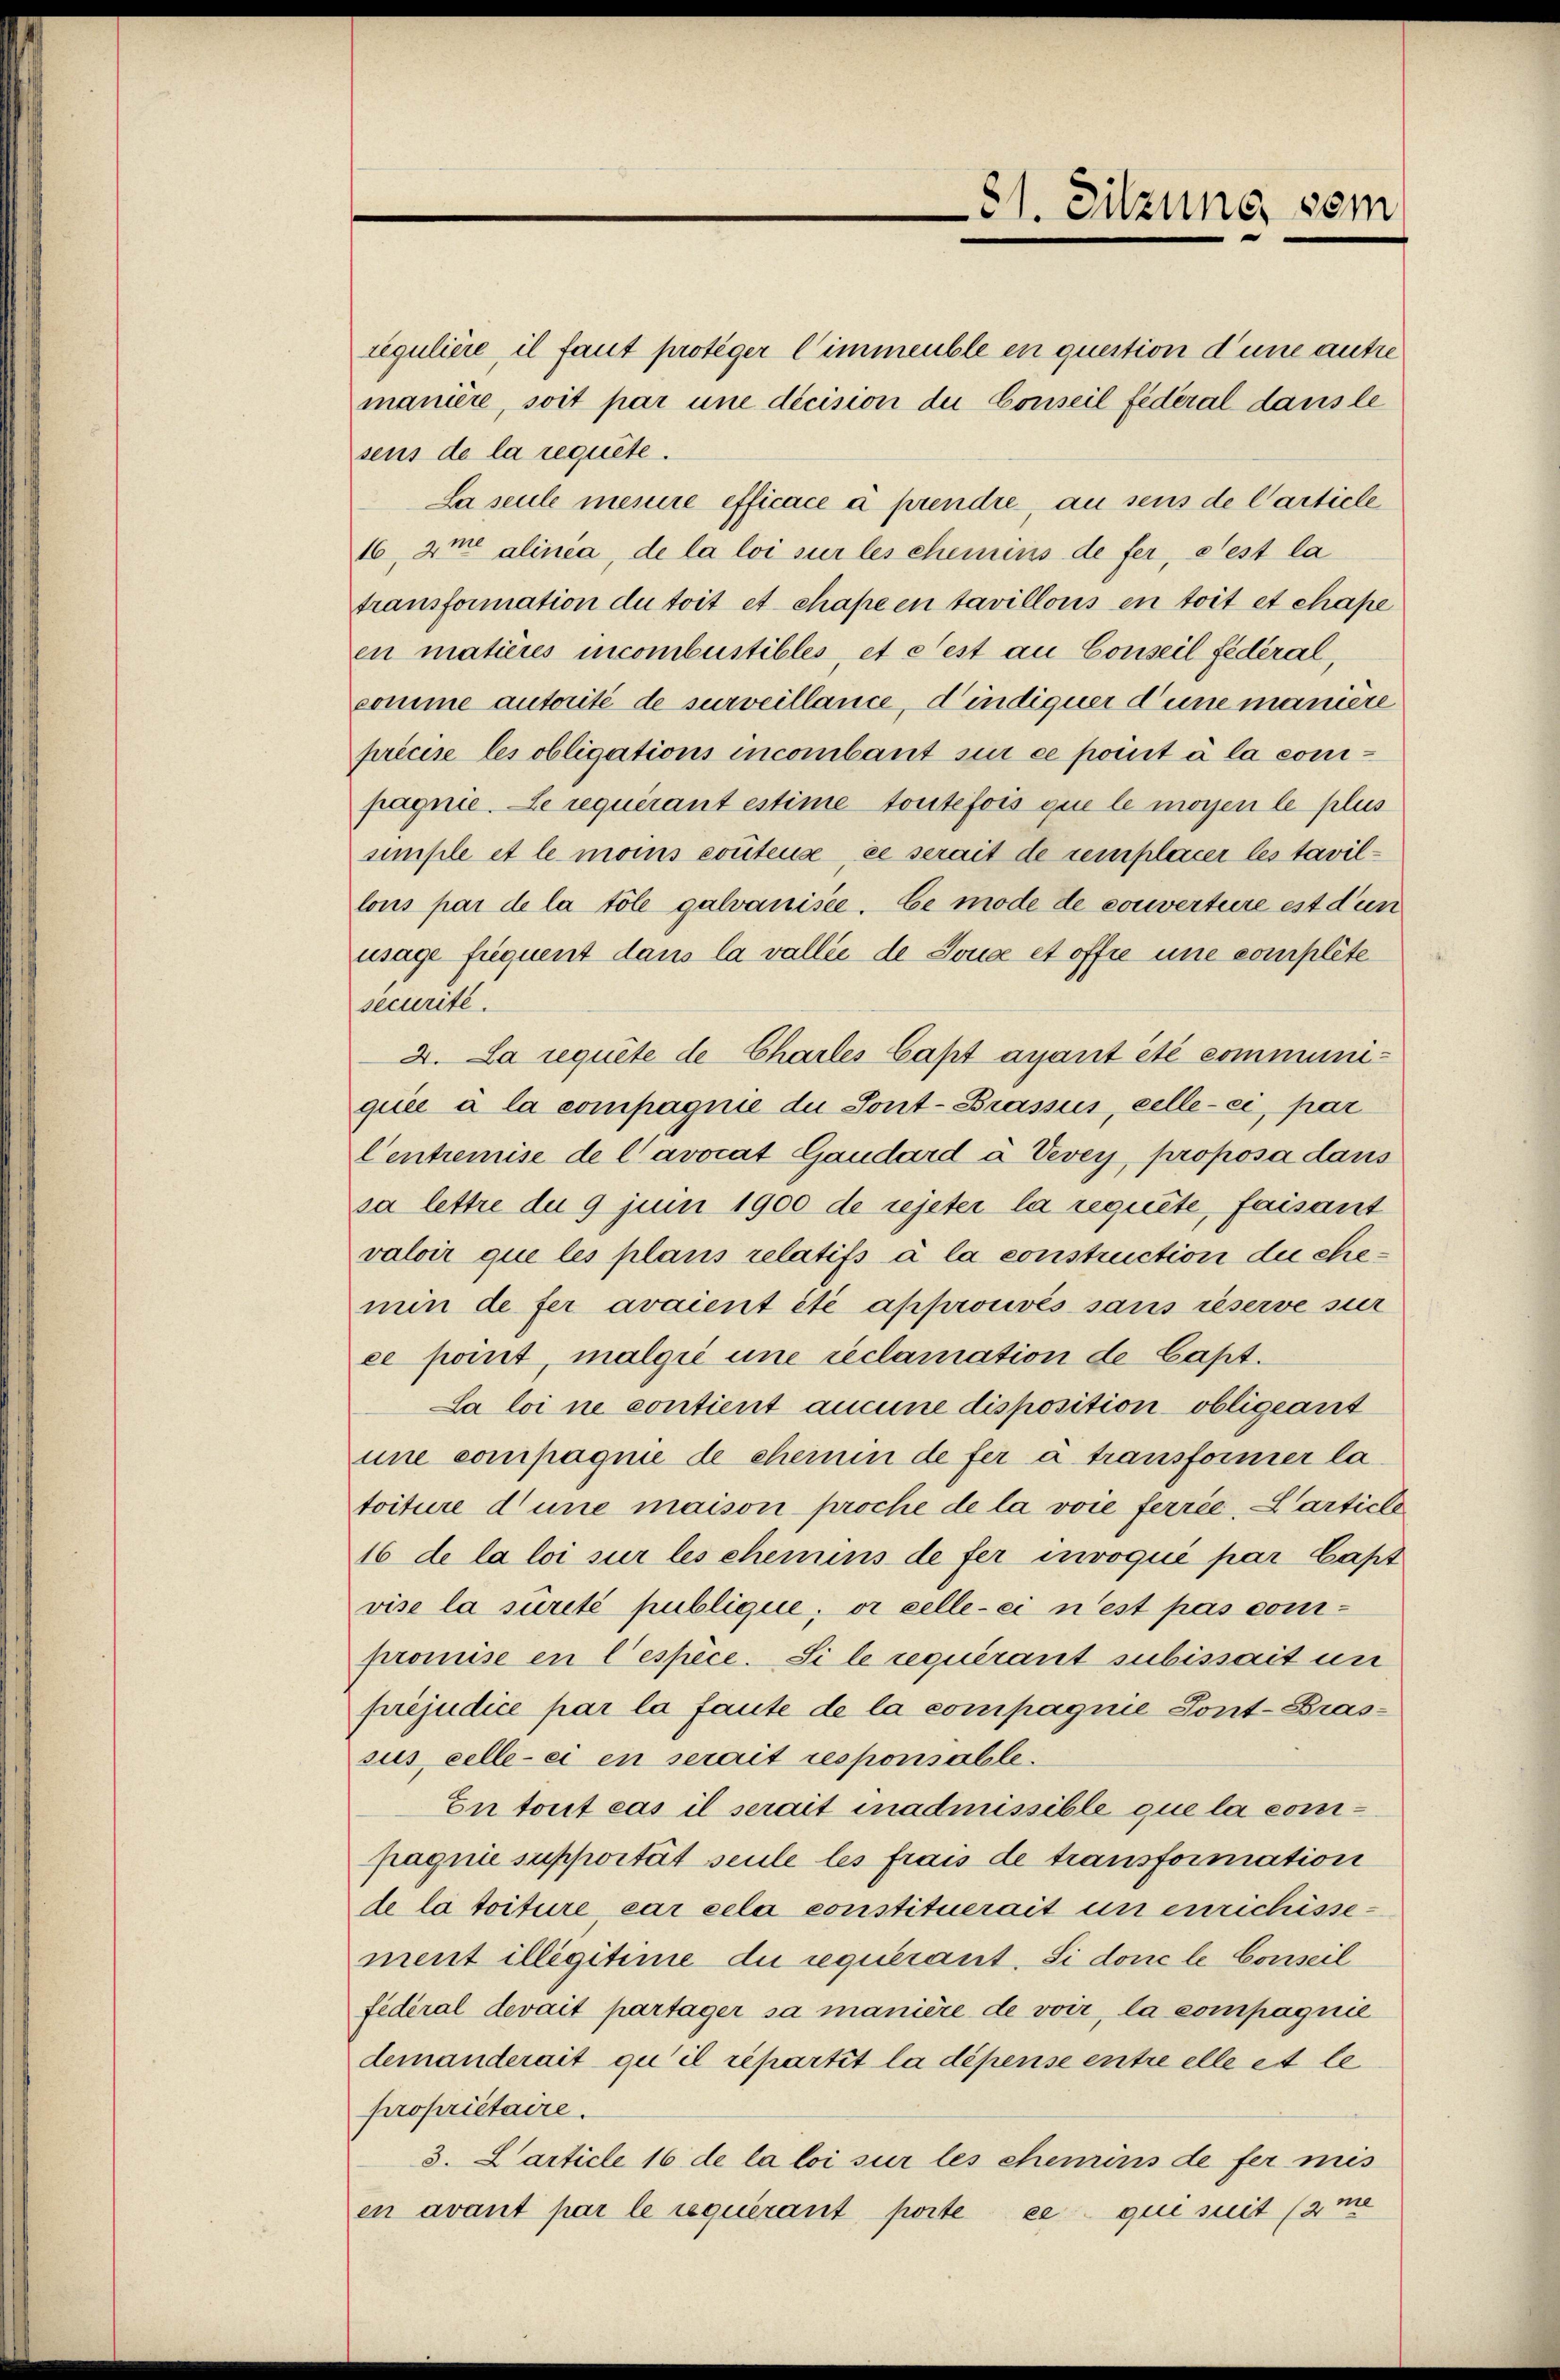
regulière, il faut proteger l’immeuble en question d’une antre
manière, soit par une décision du Conseil fédéral dans le
sens de la requite.
La seule meine efficace à prendre, an sens de Carticle
16, Ime alinea, de la loi sur les chemins de fer, dest la
transformation du toit et chape en tavillons en toit et chape
en matières incombustibles et cest au Conseil fédéral,
comme autorité de surveillance, d’indiquer d’une manière
précise les obligations incombant si ce point à la compagnie. Le requérant estime toutefois que le mögen le plus
simple et le mois contens, ce serait de remplacer les tavillous par de la töle galvanisie. Ce mode de converture est dun
mage frequent dans la vallié de Jona et offee une compléte
securité.
4. La requite de Charles Capt ayant été communiquée à la compagnie du Sont-Brassus, celle-ci, par
Centremise de l’avocat Gaudard à Vevey, proposa dans
ja lettre du 9 juni 1900 de rejeter la requite, faisant
valoir que les plans relatifs à la construction die ehemin de fer avaient été approuvés sans réserve sur
ce point, malgii une reclamation de Capt.
La loi ne contient aucune disposition obligeant
une compagnie de chemin de fer a transformer la
toiture d’une maison proche de la voie ferrée, Carticle
16 de la loi sur les chemins de fer invoqué par Capt
vise la sureté publique; or celle-ci n’est pas compromise en Cespèce. Si le requérant subissait un
préjudice par la faute de la compagnie Pont-Brassus, celle-ci en serait responsable.
En tout cas il serait inadmissible que la compagnie suppoität seule les frais de transformation
de la toiture car cela constituerait un enrichisse-
ment illégitime die requérant. Si done le Conseil
fidéral devait partager sa manière de voir, la compagnie
demanderait qu’il répartit la dépense entre elle et le
propriétaire.
3. Carticle 16 de la loi sur les chemins de fer mis
en avant par le requirant porte ce que suit (ame

81. Sitzung sein